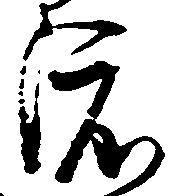
渡